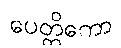
ပေတ္တိကော